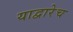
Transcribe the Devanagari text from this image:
याद्वारेच